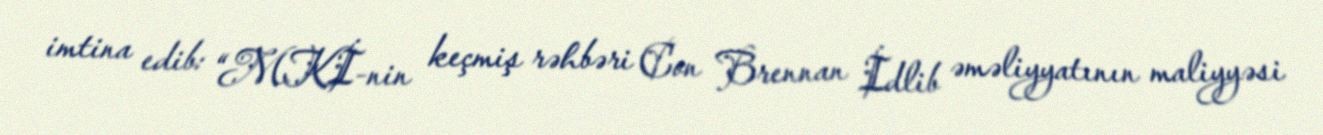
imtina edib: “MKİ-nin keçmiş rəhbəri Con Brennan İdlib əməliyyatının maliyyəsi